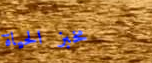
مخبز الحياة